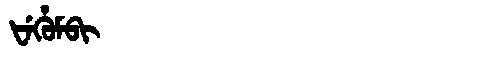
Manchu: ᡶᡝᡥᡠᠮᠪᡳ
Romanization: FEHUMBI